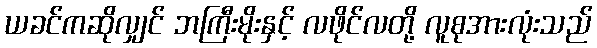
ယခင်ကဆိုလျှင် ဘကြီးမိုးနှင့် လဖိုင်လတို့ လူစုအားလုံးသည်